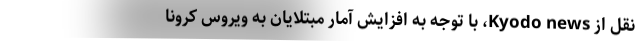
نقل از Kyodo news، با توجه به افزایش آمار مبتلایان به ویروس کرونا